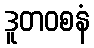
ဒူတဝစနံ